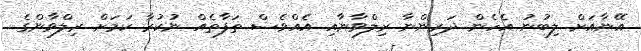
އޭނާއަށް ލިބުނު އެހެން ދަރިންނާ ރިލްވާނާއި އެއްވެސް ތަފާތެއް ނުކުރާ ކަމަށް ރިލްވާންގެ